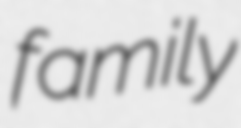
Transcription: family